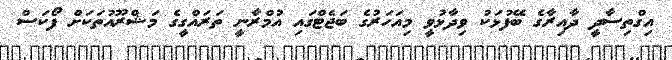
އިގްތިސާދީ ދާއިރާގެ ބޭފުޅަކު ވިދާޅުވީ މިއަހަރުގެ ބަޖެޓްގައި އުމްރާނީ ތަރައްގީގެ މަޝްރޫއުތަކަށް ފޯކަސް